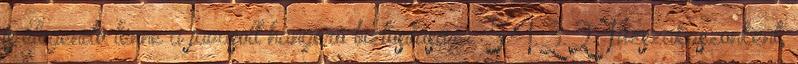
is elegendõ lenne a javasolt hangerõ biztosítására. 5.4.3.2. Tûzszakaszonként,